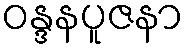
ဝန္ဒနပူဇနာ